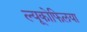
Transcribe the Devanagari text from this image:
ल्यूकोफिलया